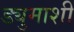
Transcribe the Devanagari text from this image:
ड्युमाशी